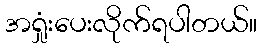
အရှုံးပေးလိုက်ရပါတယ်။